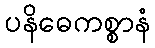
ပနိဓေကစ္စာနံ